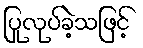
ပြုလုပ်ခဲ့သဖြင့်